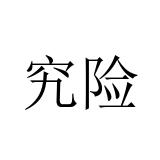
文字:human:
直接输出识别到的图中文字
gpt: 究险